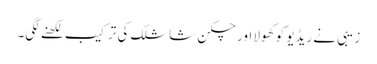
زیبی نے ریڈیو کو کھولا اور چکن شاشلک کی ترکیب لکھنے لگی۔